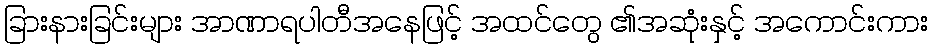
ခြားနားခြင်းများ အာဏာရပါတီအနေဖြင့် အထင်တွေ ၏အဆုံးနှင့် အကောင်းကား